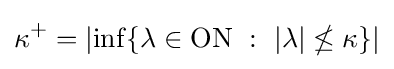
\kappa ^{+}=\left|\inf\{\lambda \in \mathrm {ON} \ :\ |\lambda |\nleq \kappa \}\right|